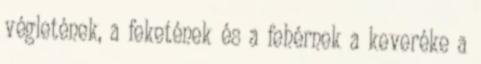
végletének, a feketének és a fehérnek a keveréke a